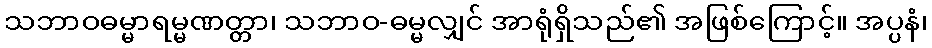
သဘာဝဓမ္မာရမ္မဏတ္တာ၊ သဘာဝ-ဓမ္မလျှင် အာရုံရှိသည်၏ အဖြစ်ကြောင့်။ အပ္ပနံ၊